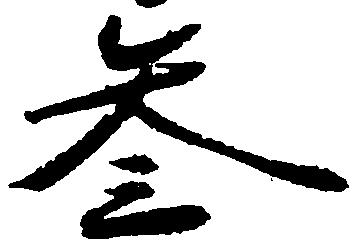
参